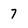
Character: 7